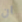
ان